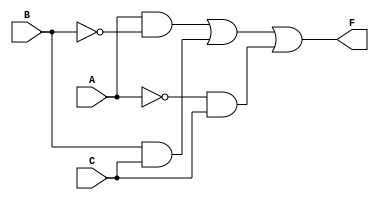
module combinational_logic (
    input wire A,      // Input variable A
    input wire B,      // Input variable B
    input wire C,      // Input variable C
    output wire F      // Output of the combinational logic
);

// Internal signals for intermediate calculations
wire notB;          // NOT B
wire notA;          // NOT A
wire term1;         // A AND NOT B
wire term2;         // B AND C
wire term3;         // NOT A AND C

// Logic implementations
assign notB = ~B;                   // NOT B
assign notA = ~A;                   // NOT A
assign term1 = A & notB;            // A AND NOT B
assign term2 = B & C;               // B AND C
assign term3 = notA & C;            // NOT A AND C

// Final output F is the OR of the terms
assign F = term1 | term2 | term3;    // F = A AND NOT B + B AND C + NOT A AND C

endmodule